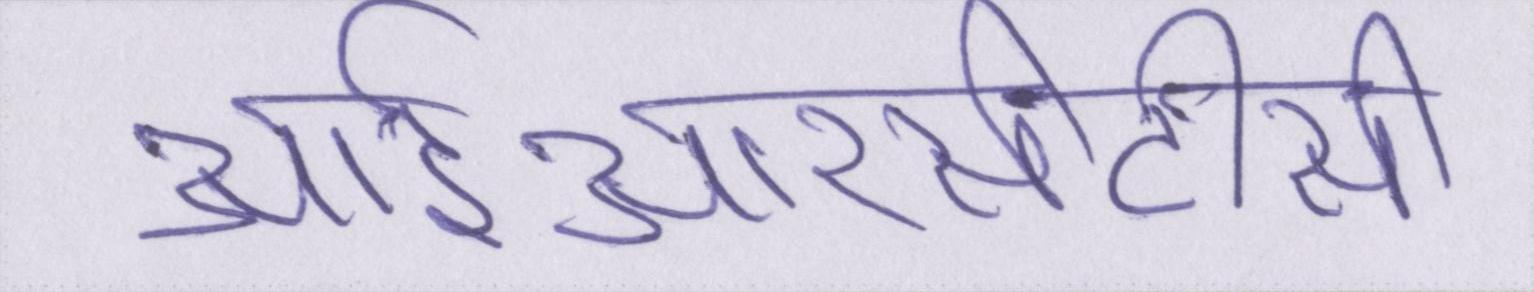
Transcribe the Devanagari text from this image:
आईआरसीटीसी